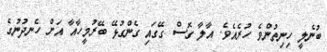
ބުނެލީ ހިނިތުންވެ ހުރެއެވެ. އާލާ ގޮސް ގޭގައި ގެންގުޅޭ ބޭރުމީހާއާ އަށް ހެނދުނުގެ